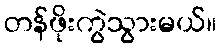
တန်ဖိုးကွဲသွားမယ်။